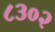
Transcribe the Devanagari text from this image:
८३०२